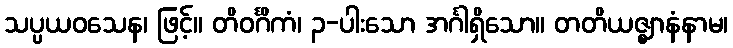
သပ္ပယဝသေန၊ ဖြင့်။ တိဝင်္ဂိကံ၊ ၃-ပါးသော အင်္ဂါရှိသော။ တတိယဇ္ဈာနံနာမ၊